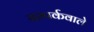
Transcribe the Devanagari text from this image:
सम्पर्कवाले